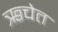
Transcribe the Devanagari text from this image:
ऋचेत